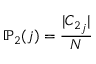
\mathbb { P } _ { 2 } ( j ) = \frac { | { C _ { 2 } } _ { j } | } { N }